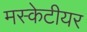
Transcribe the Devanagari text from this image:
मस्केटीयर